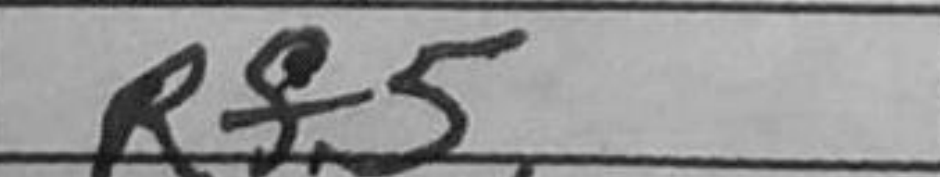
Transcription: Rf5